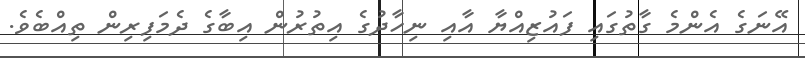
އޭނަގެ އެންމެ ގާތުގައި ފައުޒިއްޔާ އާއި ނިހާދުގެ އިތުރުން އިބާގެ ދެމަފިރިން ތިއްބެވެ.